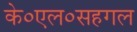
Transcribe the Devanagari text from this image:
के०एल०सहगल